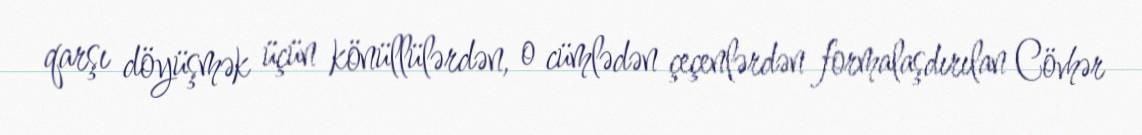
qarşı döyüşmək üçün könüllülərdən, o cümlədən çeçenlərdən formalaşdırılan Cövhər